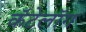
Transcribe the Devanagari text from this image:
कॅटेलॉग